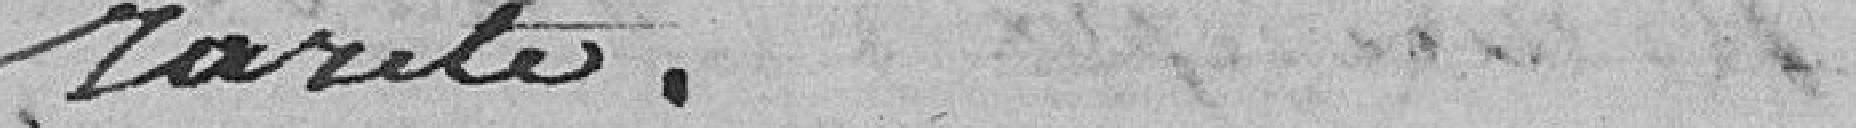
rareté.